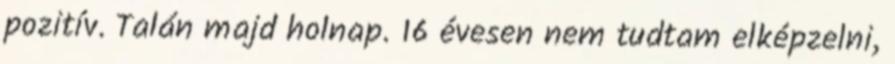
pozitív. Talán majd holnap. 16 évesen nem tudtam elképzelni,